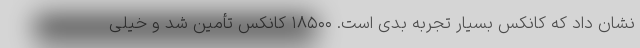
نشان داد که کانکس بسیار تجربه بدی است. ۱۸۵۰۰ کانکس تأمین شد و خیلی